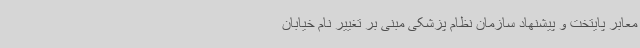
معابر پایتخت و پیشنهاد سازمان نظام پزشکی مبنی بر تغییر نام خیابان